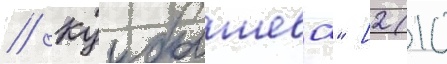
// Куибышева" [2 (10